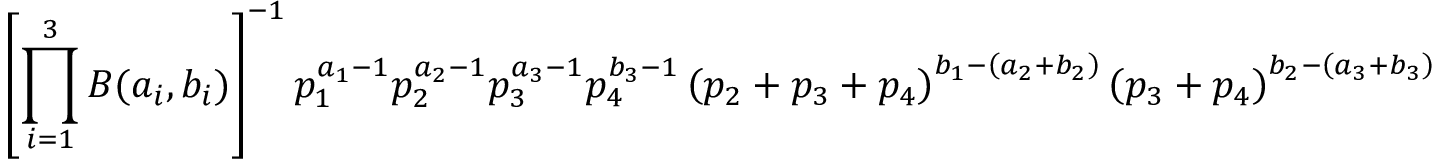
\left[ \prod _ { i = 1 } ^ { 3 } B ( a _ { i } , b _ { i } ) \right] ^ { - 1 } p _ { 1 } ^ { a _ { 1 } - 1 } p _ { 2 } ^ { a _ { 2 } - 1 } p _ { 3 } ^ { a _ { 3 } - 1 } p _ { 4 } ^ { b _ { 3 } - 1 } \left( p _ { 2 } + p _ { 3 } + p _ { 4 } \right) ^ { b _ { 1 } - \left( a _ { 2 } + b _ { 2 } \right) } \left( p _ { 3 } + p _ { 4 } \right) ^ { b _ { 2 } - \left( a _ { 3 } + b _ { 3 } \right) }